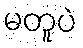
မတူပဲ